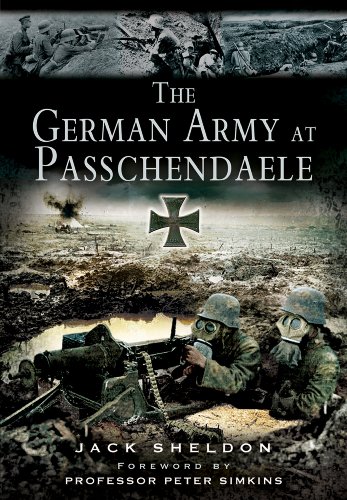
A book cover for The German Army at Passchendaele; Jack Sheldon; History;